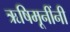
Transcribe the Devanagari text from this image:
ऋषिमूनींनी